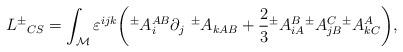
LaTeX: \begin{align*}L{^{\pm}}_{CS} = \int_{\cal M} \varepsilon^{ijk} \bigg( {^{\pm}} A_i^{AB}\partial_j {\ ^{\pm}} A_{kAB} + {\frac{2 }{3}} {^{\pm}} A_{iA}^B {^{\pm}}A_{jB}^C {^{\pm}} A_{kC}^A \bigg), \end{align*}